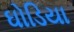
ઘોડિયા